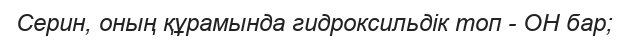
Серин, оның құрамында гидроксильдік топ - ОН бар;